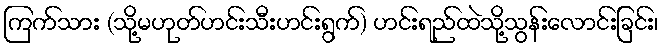
ကြက်သား (သို့မဟုတ်ဟင်းသီးဟင်းရွက်) ဟင်းရည်ထဲသို့သွန်းလောင်းခြင်း၊